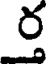
ర్త